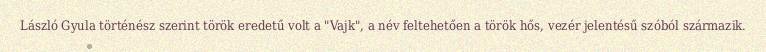
László Gyula történész szerint török eredetű volt a "Vajk", a név feltehetően a török hős, vezér jelentésű szóból származik.